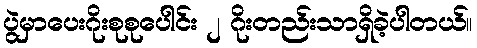
ပွဲမှာပေးဂိုးစုစုပေါင်း ၂ ဂိုးတည်းသာရှိခဲ့ပါတယ်။